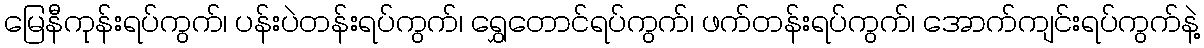
မြေနီကုန်းရပ်ကွက်၊ ပန်းပဲတန်းရပ်ကွက်၊ ရွှေတောင်ရပ်ကွက်၊ ဖက်တန်းရပ်ကွက်၊ အောက်ကျင်းရပ်ကွက်နဲ့